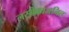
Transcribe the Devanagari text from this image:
लसीकाजनित